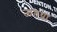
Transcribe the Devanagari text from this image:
ऊतथा